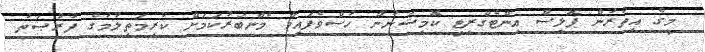
މީގެ އިތުރުން ޕޮލިސް އިންޓެގްރިޓީ ކޮމިޝަނުން ހުސްވެފައިވާ މެންބަރުކަމަށް ކުރިމަތިލުމުގެ ފުރުޞަތު